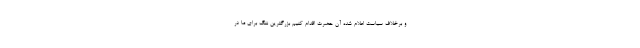
و برخلاف سیاست اعلام شده آن حضرت اقدام کنیم بزرگترین ننگ برای ما در